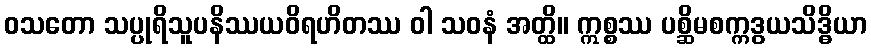
ဝသတော သပ္ပုရိသူပနိဿယဝိရဟိတဿ ဝါ သဝနံ အတ္ထိ။ ဣစ္စဿ ပစ္ဆိမစက္ကဒွယသိဒ္ဓိယာ